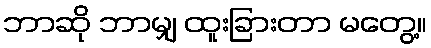
ဘာဆို ဘာမျှ ထူးခြားတာ မတွေ့။